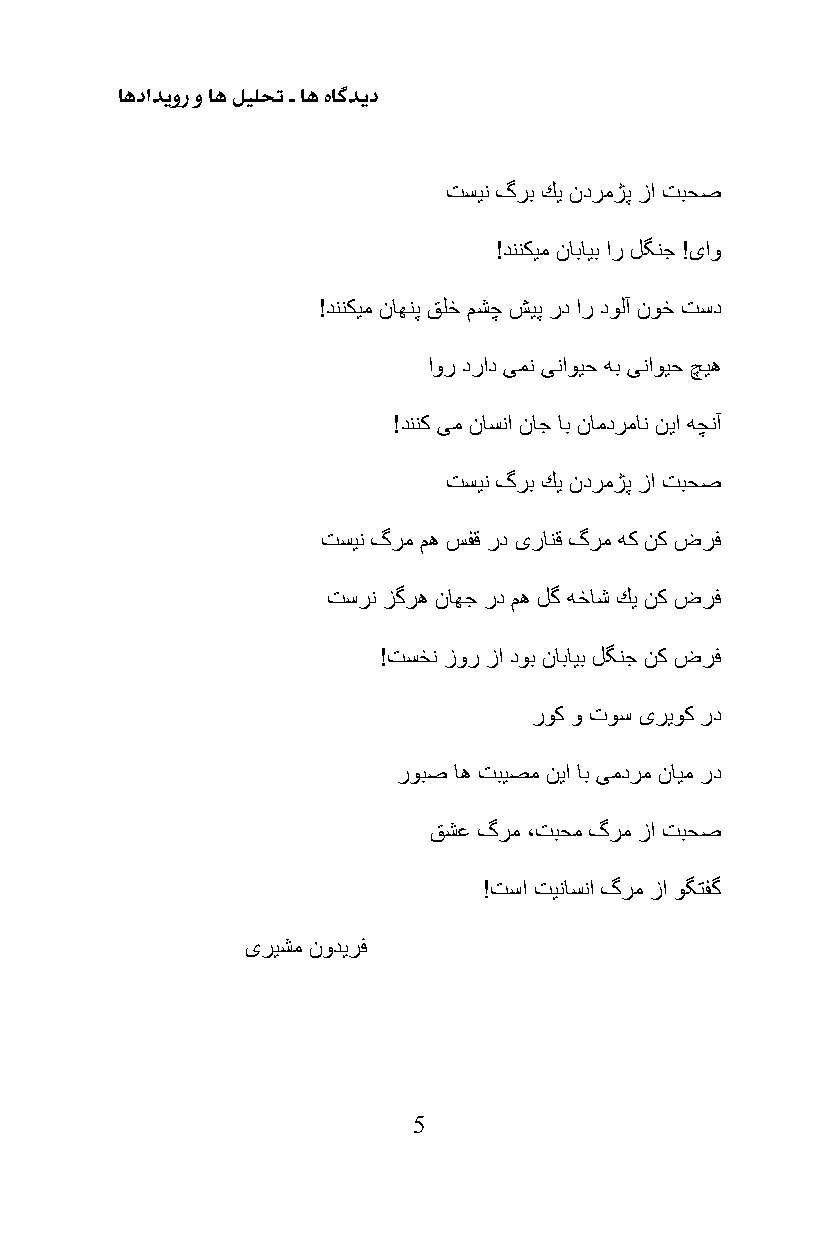
اهدادیور و اه لیلحت ـ اه هاگدید
 تسین گرب كی ندرمژپ زا تبحص
 !دننكیم نابایب ار لگنج !ىاو
 !دننكیم ناهنپ قلخ مشچ شیپ رد ار دولآ نوخ تسد
 اور دراد ىمن ىناویح هب ىناویح چیه
 !دننك ىم ناسنا ناج اب نامدرمان نیا هچنآ
 تسین گرب كی ندرمژپ زا تبحص
 تسین گرم مه سفق رد ىرانق گرم هك نك ضرف
 تسرن زگره ناهج رد مه لگ هخاش كی نك ضرف
 !تسخن زور زا دوب نابایب لگنج نك ضرف
 روك و توس ىریوك رد
 روبص اه تبیصم نیا اب ىمدرم نایم رد
 قشع گرم ،تبحم گرم زا تبحص
 !تسا تیناسنا گرم زا وگتفگ
 ىریشم نودیرف
 5